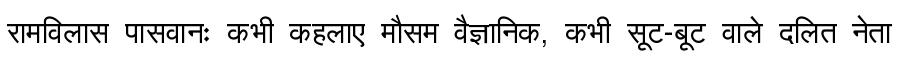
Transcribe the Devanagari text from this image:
रामविलास पासवानः कभी कहलाए मौसम वैज्ञानिक, कभी सूट-बूट वाले दलित नेता